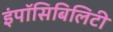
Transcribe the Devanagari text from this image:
इंपॉसिबिलिटी